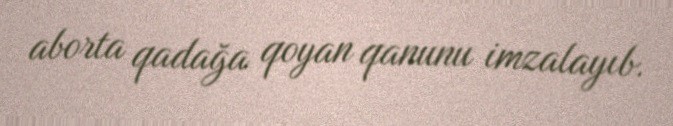
aborta qadağa qoyan qanunu imzalayıb.